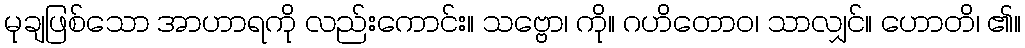
မုချဖြစ်သော အာဟာရကို လည်းကောင်း။ သဗ္ဗော၊ ကို။ ဂဟိတောဝ၊ သာလျှင်။ ဟောတိ၊ ၏။